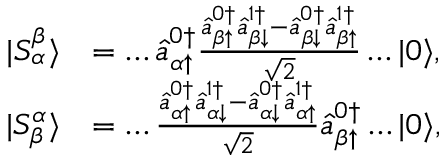
\begin{array} { r l } { | S _ { \alpha } ^ { \beta } \rangle } & { = \dots \hat { a } _ { \alpha \uparrow } ^ { 0 \dagger } \frac { \hat { a } _ { \beta \uparrow } ^ { 0 \dagger } \hat { a } _ { \beta \downarrow } ^ { 1 \dagger } - \hat { a } _ { \beta \downarrow } ^ { 0 \dagger } \hat { a } _ { \beta \uparrow } ^ { 1 \dagger } } { \sqrt { 2 } } \dots | 0 \rangle , } \\ { | S _ { \beta } ^ { \alpha } \rangle } & { = \dots \frac { \hat { a } _ { \alpha \uparrow } ^ { 0 \dagger } \hat { a } _ { \alpha \downarrow } ^ { 1 \dagger } - \hat { a } _ { \alpha \downarrow } ^ { 0 \dagger } \hat { a } _ { \alpha \uparrow } ^ { 1 \dagger } } { \sqrt { 2 } } \hat { a } _ { \beta \uparrow } ^ { 0 \dagger } \dots | 0 \rangle , } \end{array}